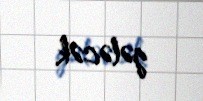
gələcək.